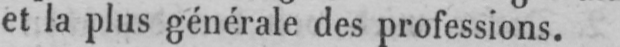
et la plus générale des professions.